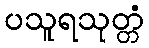
ပသူရသုတ္တံ